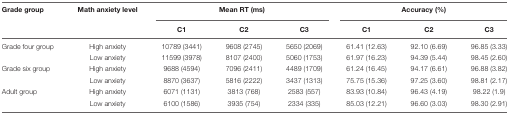
| Grade group | Math anxiety level | <COLSPAN=3> Mean RT (ms) | <COLSPAN=3> Accuracy (%) |
 |  |  | C1 | C2 | C3 | C1 | C2 | C3 |
 | --- | --- | --- | --- | --- | --- | --- | --- |
 | Grade four group | High anxiety | 10789 (3441) | 9608 (2745) | 5650 (2069) | 61.41 (12.63) | 92.10 (6.69) | 96.85 (3.33) |
 |  | Low anxiety | 11599 (3978) | 8107 (2400) | 5060 (1753) | 61.97 (16.23) | 94.39 (5.44) | 98.45 (2.60) |
 | Grade six group | High anxiety | 9688 (4594) | 7096 (2411) | 4489 (1709) | 61.24 (16.45) | 94.17 (6.61) | 96.88 (3.82) |
 |  | Low anxiety | 8870 (3637) | 5816 (2222) | 3437 (1313) | 75.75 (15.36) | 97.25 (3.60) | 98.81 (2.17) |
 | Adult group | High anxiety | 6071 (1131) | 3813 (768) | 2583 (557) | 83.93 (10.84) | 96.43 (4.19) | 98.22 (1.9) |
 |  | Low anxiety | 6100 (1586) | 3935 (754) | 2334 (335) | 85.03 (12.21) | 96.60 (3.03) | 98.30 (2.91) |